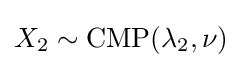
X_{2}\sim \operatorname {CMP} (\lambda _{2},\nu )